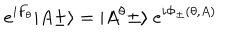
e ^ { i F _ { \theta } } \vert A \pm \rangle = \vert A ^ { \theta } \pm \rangle \ e ^ { i \Phi _ { \pm } ( \theta , A ) }